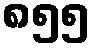
၈၅၅